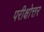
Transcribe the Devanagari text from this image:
परीक्षोत्तर